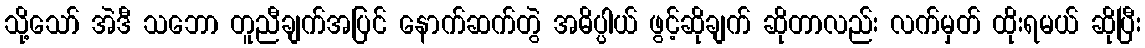
သို့သော် အဲဒီ သဘော တူညီချက်အပြင် နောက်ဆက်တွဲ အဓိပ္ပါယ် ဖွင့်ဆိုချက် ဆိုတာလည်း လက်မှတ် ထိုးရမယ် ဆိုပြီး